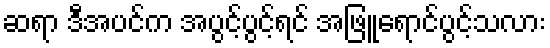
ဆရာ ဒီအပင်က အပွင့်ပွင့်ရင် အဖြူရောင်ပွင့်သလား